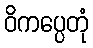
ဝိကပ္ပေတုံ